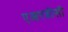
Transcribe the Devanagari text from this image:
एआरडीसी